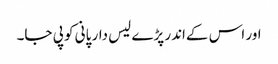
اور اس کےاندر پڑے لیس دار پانی کو پی جا۔